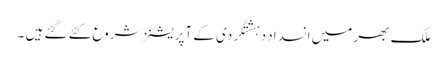
ملک بھر میں انسداد دہشتگردی کے آپریشنز شروع کئے گئے ہیں ۔